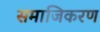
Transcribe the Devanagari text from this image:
समाजिकरण